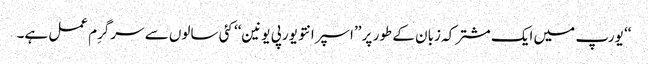
‘‘ یورپ میں ایک مشترکہ زبان کے طور پر ’’اسپرانتو یورپی یونین‘‘ کئی سالوں سے سرگرِم عمل ہے۔